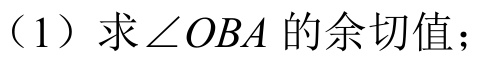
（1）求$\angle OBA$的余切值；